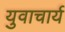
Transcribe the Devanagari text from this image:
युवाचार्य